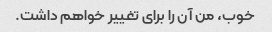
خوب، من آن را برای تغییر خواهم داشت.